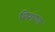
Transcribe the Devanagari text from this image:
मिगंणा